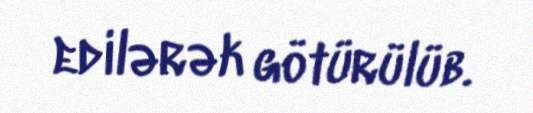
edilərək götürülüb.